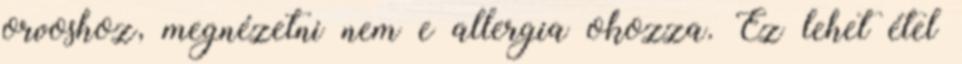
orvoshoz, megnézetni nem e allergia okozza. Ez lehet étel